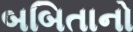
બબિતાનો